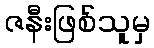
ဇနီးဖြစ်သူမှ